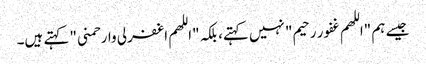
جیسے ہم "اللهم غفور رحیم" نہیں کہتے، بلکہ "اللهم اغفرلی وارحمنی" کہتے ہیں۔